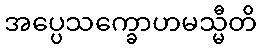
အပ္ပေသက္ခောဟမသ္မီတိ